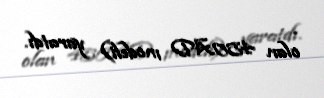
olan 450AD modeli) yaratdı.